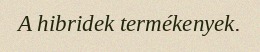
A hibridek termékenyek.